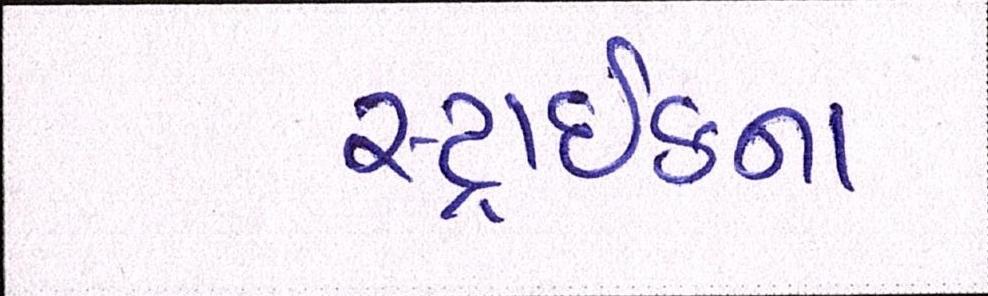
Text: સ્ટ્રાઈકના